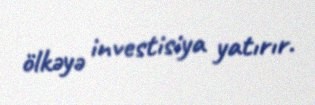
ölkəyə investisiya yatırır.